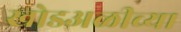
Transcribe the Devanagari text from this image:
खोडअळीच्या